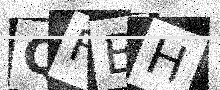
Text: QFBH